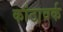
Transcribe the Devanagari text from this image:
कांठावर्क